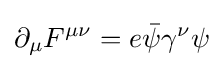
\partial _{\mu }F^{\mu \nu }=e{\bar {\psi }}\gamma ^{\nu }\psi